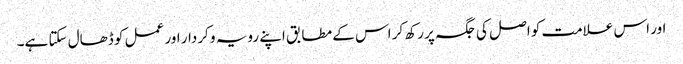
اور اس علامت کو اصل کی جگہ پر رکھ کر اس کے مطابق اپنے رویہ و کردار اور عمل کو ڈھال سکتا ہے۔